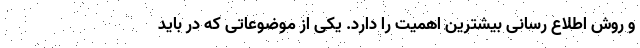
و روش اطلاع رسانی بیشترین اهمیت را دارد. یکی از موضوعاتی که در باید